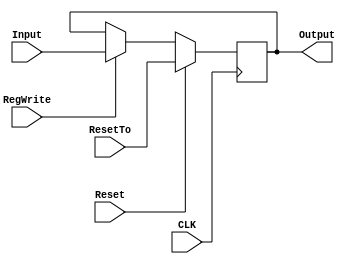
//////////////////////////////////////////////////////////////////////////////////
// Company: Pink
// Engineer: 
// 
// Module Name:    Register
// Project Name: 
//
// Revision 0.01 - File Created
// Additional Comments: 
//
//////////////////////////////////////////////////////////////////////////////////
module register(
    input [15:0] Input,
    input Reset,
	 input RegWrite,
    output reg [15:0] Output,
	 input [15:0] ResetTo,
    input CLK
    );

always @ (posedge(CLK))
begin
	if (Reset != 1) begin
		if(RegWrite == 1)
			Output = Input;
	end
	else
		Output = ResetTo;
end

endmodule